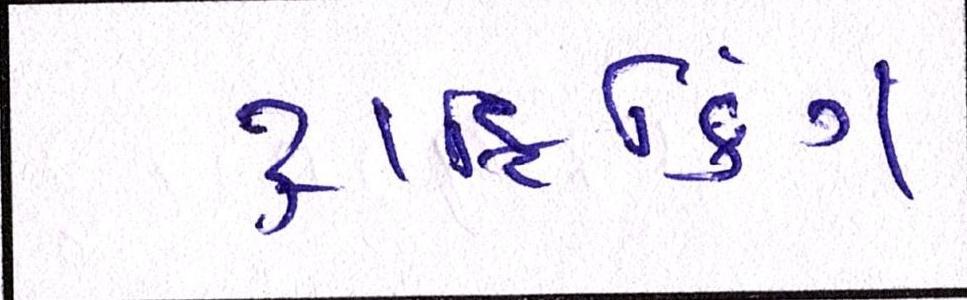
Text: ટ્રાફિકિંગ